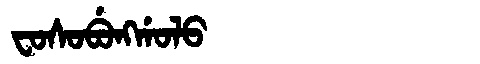
Manchu: ᠸᠣᠰᠣᠪᡠᠩᡤᠣᠯᠣ
Romanization: FOSOBUNGGOLO